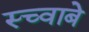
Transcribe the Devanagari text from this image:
स्च्वाबे